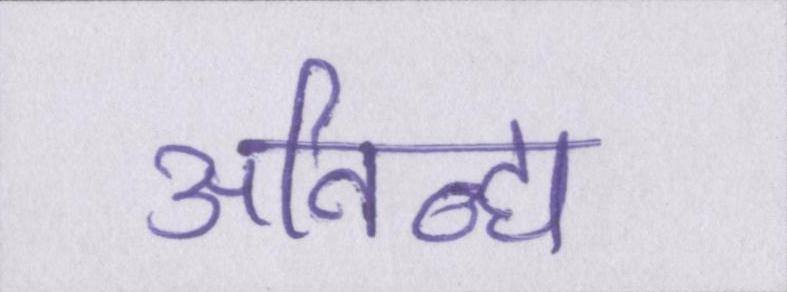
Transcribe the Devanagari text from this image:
अनिन्द्य